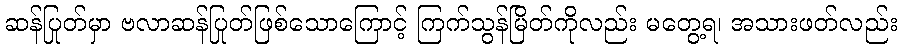
ဆန်ပြုတ်မှာ ဗလာဆန်ပြုတ်ဖြစ်သောကြောင့် ကြက်သွန်မြိတ်ကိုလည်း မတွေ့ရ၊ အသားဖတ်လည်း